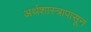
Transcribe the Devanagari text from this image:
अर्थशास्त्रापासून